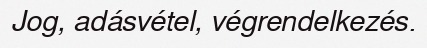
Jog, adásvétel, végrendelkezés.